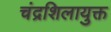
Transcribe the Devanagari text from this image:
चंद्रशिलायुक्त